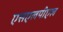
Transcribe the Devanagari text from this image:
एसएलपीएल